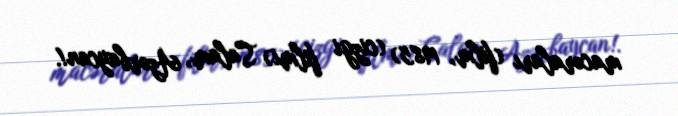
macəraları (film, 1985) (cizgi filmi) Salam, Azərbaycan!.